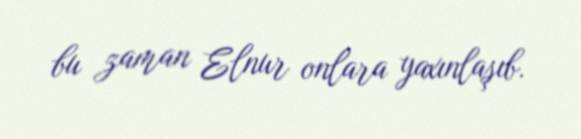
bu zaman Elnur onlara yaxınlaşıb.